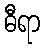
ဓီရာ